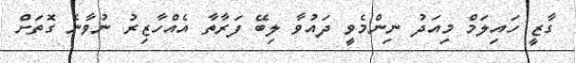
ގާޒީ ހައިލަމް މިއަދު ނިންމެވީ ދައުވާ ލިބޭ ފަރާތާ އެއްހާޒިރު ނުވާނެ ގޮތަށް